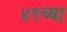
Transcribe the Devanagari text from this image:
४९च्या